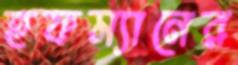
হফম্যানের